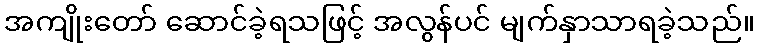
အကျိုးတော် ဆောင်ခဲ့ရသဖြင့် အလွန်ပင် မျက်နှာသာရခဲ့သည်။